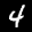
Digit: 4